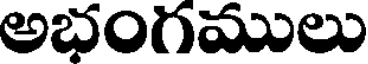
అభంగములు